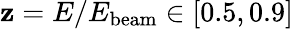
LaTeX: \mathbf{z}=E/E_{\mathrm{{beam}}}\in[0.5,0.9]